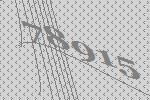
78915